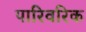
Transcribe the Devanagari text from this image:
पारिवरिक